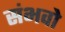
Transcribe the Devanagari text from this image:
संभवो